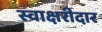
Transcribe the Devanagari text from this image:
स्वाक्षरीदार